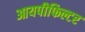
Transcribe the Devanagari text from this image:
आयपीफिल्टर